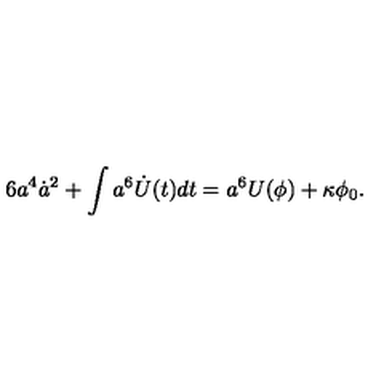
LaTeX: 6 a ^ { 4 } \dot { a } ^ { 2 } + \int a ^ { 6 } \dot { U } ( t ) d t = a ^ { 6 } U ( \phi ) + \kappa \phi _ { 0 } .